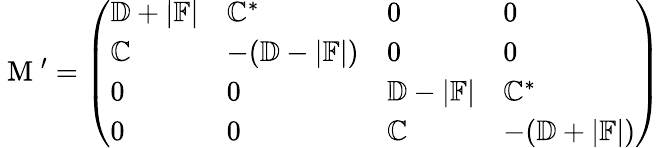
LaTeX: \mathrm{~M~}^{\prime}=\left(\begin{array}{llll}{\mathbb{D}+|\mathbb{F}|}&{\mathbb{C}^{*}}&{0}&{0}\\ {\mathbb{C}}&{-(\mathbb{D}-|\mathbb{F}|)}&{0}&{0}\\ {0}&{0}&{\mathbb{D}-|\mathbb{F}|}&{\mathbb{C}^{*}}\\ {0}&{0}&{\mathbb{C}}&{-(\mathbb{D}+|\mathbb{F}|)}\end{array}\right)